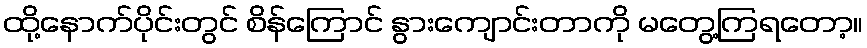
ထို့နောက်ပိုင်းတွင် စိန်ကြောင် နွားကျောင်းတာကို မတွေ့ကြရတော့။